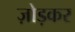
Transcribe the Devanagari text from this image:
ज़ोड़कर